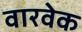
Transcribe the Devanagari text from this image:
वारवेक